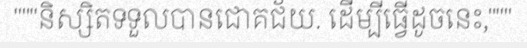
"""និស្សិតទទួលបានជោគជ័យ. ដើម្បីធ្វើដូចនេះ,"""